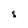
Character: S